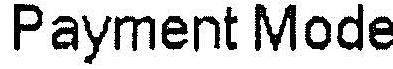
PAYMENT MODE